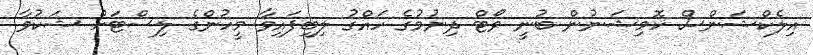
އިލެކްޝަންސް ކޮމިޝަނުން ބުނީ ވޯޓް ދިނުމުގެ ހައްގު ލިބިފައިވާ މީހުންގެ ލިސްޓަށް ޝަކުވާ